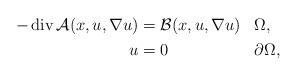
LaTeX: \begin{align*}\begin{aligned}-\operatorname{div}\mathcal{A}(x,u,\nabla u)& =\mathcal{B}(x,u,\nabla u)&& \Omega,\\u & = 0 && \partial \Omega,\end{aligned}\end{align*}